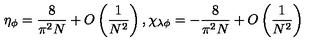
\eta _ { \phi } = \frac { 8 } { \pi ^ { 2 } N } + O \left( \frac { 1 } { N ^ { 2 } } \right) , \chi _ { \lambda \phi } = - \frac { 8 } { \pi ^ { 2 } N } + O \left( \frac { 1 } { N ^ { 2 } } \right)